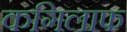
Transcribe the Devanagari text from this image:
कगिलाफ